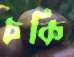
চকি